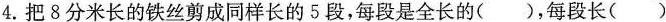
4.把8分米长的铁丝剪成同样长的5段，每段是全长的( )，每段长( )